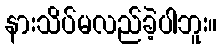
နားသိပ်မလည်ခဲ့ပါဘူး။